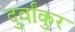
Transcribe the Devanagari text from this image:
दुर्वांकुर